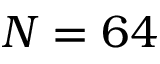
N = 6 4